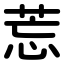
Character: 莣